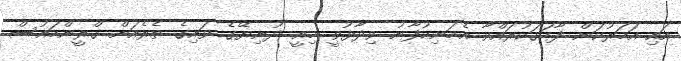
އައި އަހަރުކަން ފާހަގަކުރައްވާ އެމަނިކުފާނު ވިދާޅުވީ މިއީ ދުނިޔޭގެ ވައިގެ ތެރެއަށް ގްރީންހައުސް